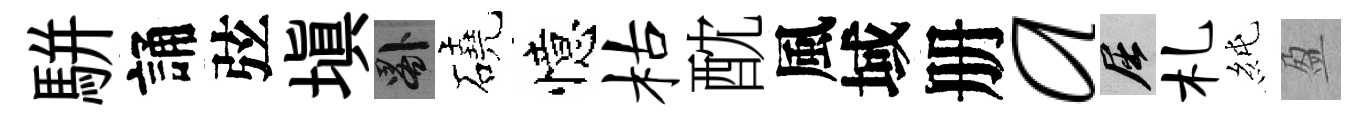
駢誦弦塡晷磽憶枯酖風域册a屈札純盈